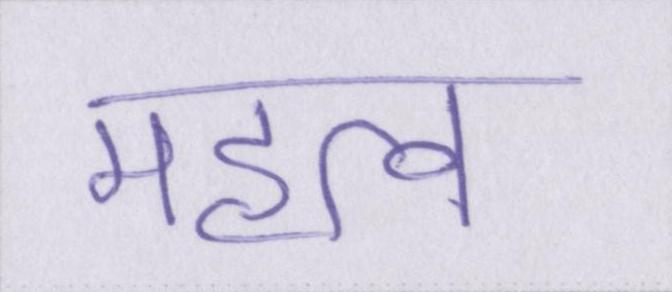
महत्व